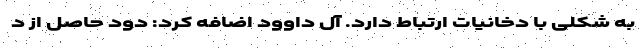
به شکلی با دخانیات ارتباط دارد. آل داوود اضافه کرد: دود حاصل از د